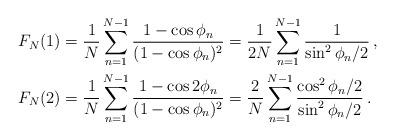
LaTeX: \begin{align*}F_N(1)&=\frac{1}{N}\sum^{N-1}_{n=1}\frac{1-\cos\phi_n}{(1-\cos\phi_n)^2}=\frac{1}{2N}\sum^{N-1}_{n=1}\frac{1}{\sin^2 \phi_n/2}\,,\\F_N(2)&=\frac{1}{N}\sum^{N-1}_{n=1}\frac{1-\cos2\phi_n}{(1-\cos\phi_n)^2}=\frac{2}{N}\sum^{N-1}_{n=1}\frac{\cos^2\phi_n/2}{\sin^2\phi_n/2}\,.\end{align*}